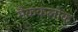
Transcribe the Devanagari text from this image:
मैककलोक